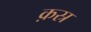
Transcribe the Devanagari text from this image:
क़स्र